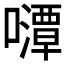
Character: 𱕛